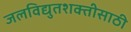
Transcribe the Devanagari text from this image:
जलविद्युतशक्तीसाठी